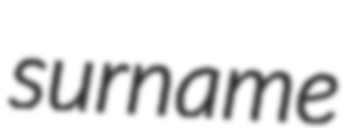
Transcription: surname